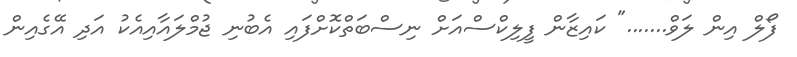
ފޯލް އިން ލަވް......." ކައިޒާން ފީލިކްސްއަށް ނިސްބަތްކޮށްފައި އެބުނި ޖުމްލައާއިއެކު އަދި އޭގެއިން